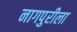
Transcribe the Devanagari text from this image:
नागपुरीला